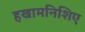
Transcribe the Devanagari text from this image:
हखामनिशिए